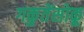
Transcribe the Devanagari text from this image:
गकुतेंसोकू